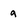
Character: a